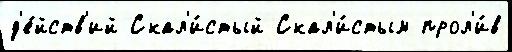
д'е́йств'ий Скал'и́стый Скал'и́стым прол'и́в